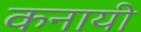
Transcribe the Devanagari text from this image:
कनायी